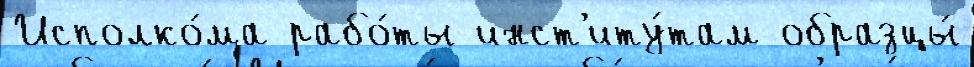
Исполко́ма рабо́ты инст'иту́там образцы́